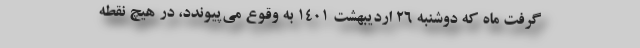
گرفت ماه که دوشنبه ۲۶ اردیبهشت ۱۴۰۱ به وقوع می‌پیوندد، در هیچ نقطه